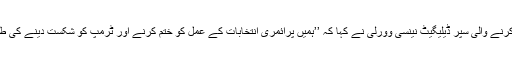
الباما میں ڈیموکریٹک پارٹی کی صدارت کرنے والی سپر ڈیلیگیٹ نینسی وورلی نے کہا کہ ’’ہمیں پرائمری انتخابات کے عمل کو ختم کرنے اور ٹرمپ کو شکست دینے کی طرف توجہ مبذول کرنے کی ضرورت ہے۔